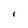
Character: I